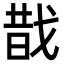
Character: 𢧉